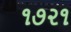
૧૭૨૧